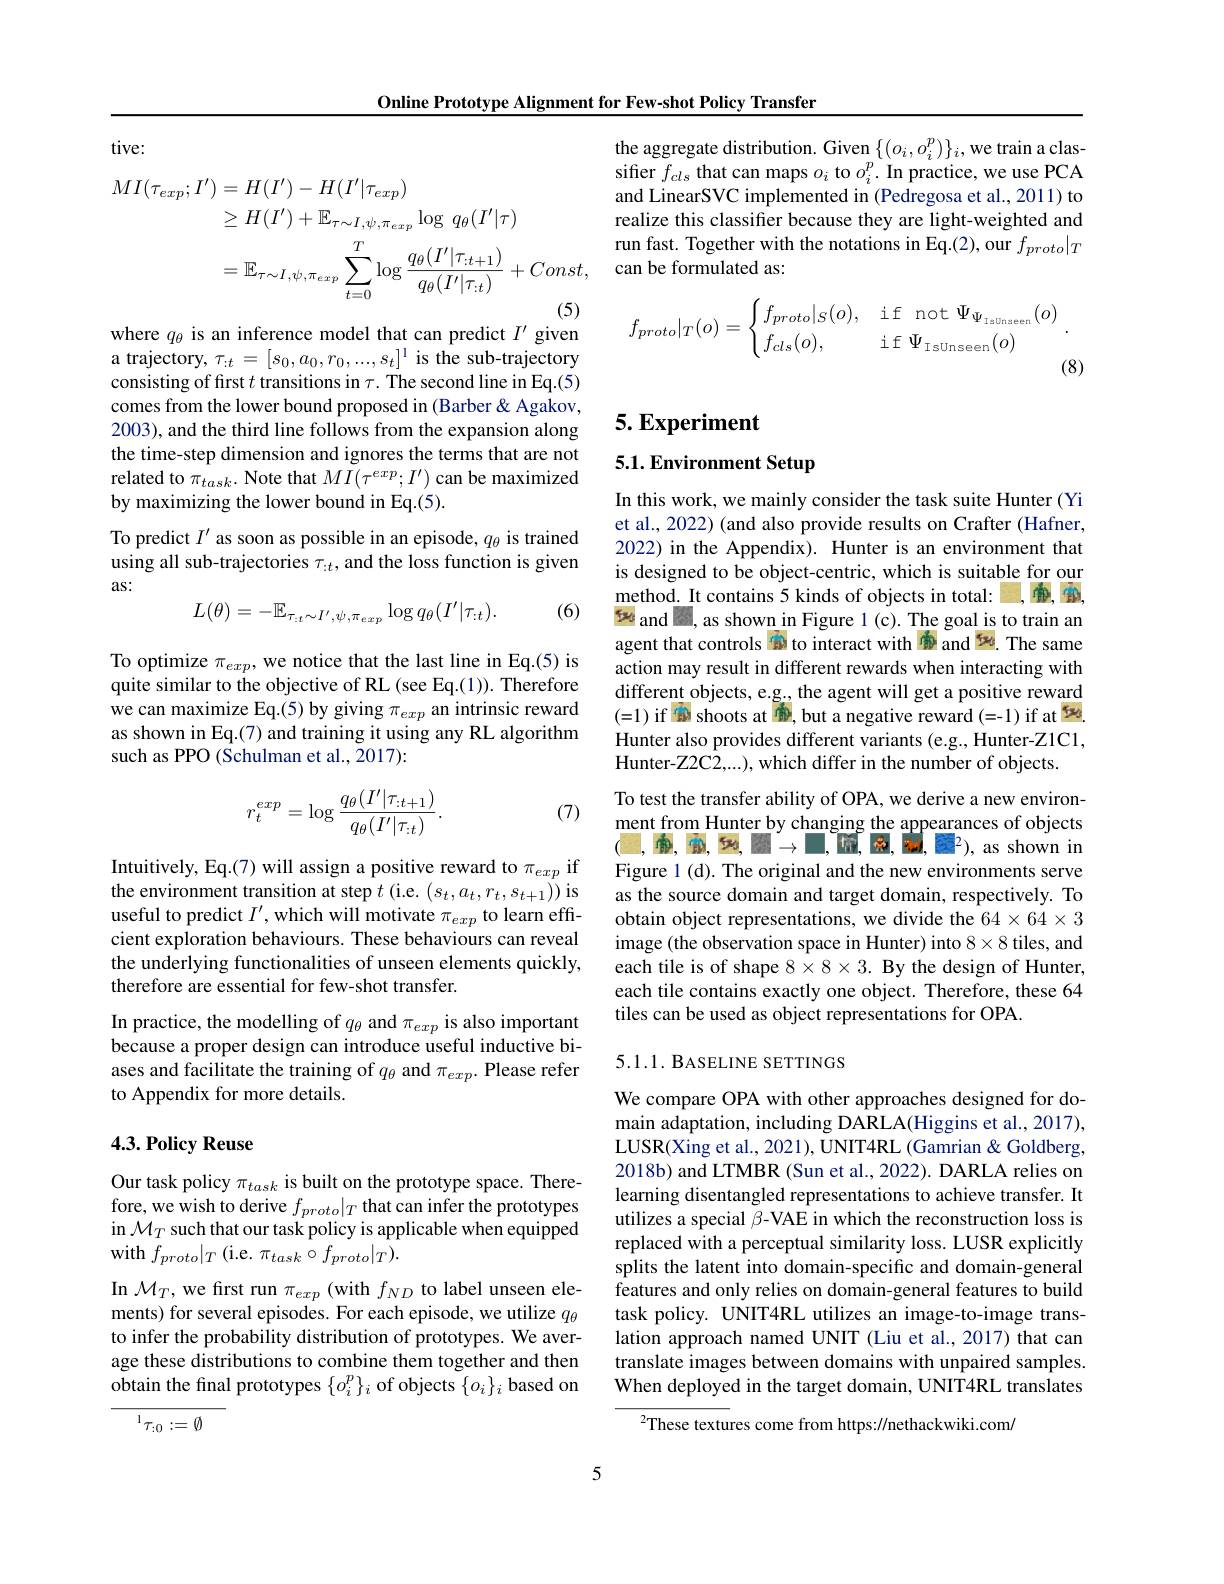
Online Prototype Alignment for Few-shot Policy Transfer

tive:
$$\begin{aligned}MI(\tau_{exp};I^{\prime})&=H(I^{\prime})-H(I^{\prime}|\tau_{exp})\\&\geq H(I^{\prime})+\mathbb{E}_{\tau\sim I,\psi,\pi_{exp}}\log\:q_{\theta}(I^{\prime}|\tau)\\&=\mathbb{E}_{\tau\sim I,\psi,\pi_{exp}}\sum_{t=0}^{T}\log\frac{q_{\theta}(I^{\prime}|\tau_{:t+1})}{q_{\theta}(I^{\prime}|\tau_{:t})}+Const,\end{aligned}$$
where $q_\theta$ is an inference model that can predict $I^\prime$ given

a trajectory, $\tau_{:t}=[s_0,a_0,r_0,...,s_t]^1$ is the sub-trajectory consisting of first $t$ transitions in $\tau.$ The second line in Eq.(5) comes from the lower bound proposed in (Barber & Agakov, 2003), and the third line follows from the expansion along the time-step dimension and ignores the terms that are not related to $\pi_{task}.$ Note that $MI(\tau^exp;I^{\prime})$ can be maximized by maximizing the lower bound in Eq.(5).
To predict $I^\prime$ as soon as possible in an episode, $q_\theta$ is trained using all sub-trajectories $\tau_{:t}$, and the loss function is given

as:
$$L(\theta)=-\mathbb{E}_{\tau_{:t}\sim I',\psi,\pi_{exp}}\log q_{\theta}(I'|\tau_{:t}).$$
(6)

To optimize $\pi_exp$, we notice that the last line in Eq.(5) is quite similar to the objective of RL (see Eq.(1)). Therefore ${\text{we can maximize Eq.(5)by giving }\pi_{exp}}$ an intrinsic reward as shown in Eq.(7) and training it using any RL algorithm such as PPO (Schulman et al., 2017):
$$r_t^{exp}=\log\frac{q_\theta(I'|\tau_{:t+1})}{q_\theta(I'|\tau_{:t})}.$$
(7)

Intuitively, Eq.(7) will assign a positive reward to $\pi_exp$ if the environment transition at step $t$ (i.e. $(s_t,a_t,r_t,s_{t+1}))$ is useful to predict $I^\prime$, which will motivate $\pi_{exp}$ to learn effcient exploration behaviours. These behaviours can reveal the underlying functionalities of unseen elements quickly, therefore are essential for few-shot transfer.

In practice, the modelling of $q_{\theta}$ and $\pi_{exp}$ is also important because a proper design can introduce useful inductive biases and facilitate the training of $q_\theta$ and $\pi_exp.$ Please refer to Appendix for more details.

## 4.3. Policy Reuse

Our task policy $\pi_{task}$ is built on the prototype space. Therefore, we wish to derive $f_proto|_T$ that can infer the prototypes in $\mathcal{M}_T$ such that our task policy is applicable when equipped with $f_{proto}|_T$ (i.e. $\pi_task\circ f_{proto}|_T).$

In $\mathcal{M}_T$,we first run $\pi_exp$ (with $f_ND$ to label unseen elements) for several episodes. For each episode, we utilize $q_\theta$ to infer the probability distribution of prototypes. We average these distributions to combine them together and then obtain the final prototypes $\{o_i^p\}_i$ of objects $\{o_i\}_i$ based on

$^{1}\tau_{:0}:=\emptyset$

the aggregate distribution. Given $\{(o_{i},o_{i}^{p})\}_{i}$,we train a classifier $f_{cls}$ that can maps $o_i$ to $o_i^p.$ In practice, we use PCA and LinearSVC implemented in (Pedregosa et al., 2011) to realize this classifier because they are light-weighted and run fast. Together with the notations in Eq.(2), our $f_proto|_{T}$ can be formulated as:
$$f_{proto}|_T(o)=\begin{cases}f_{proto}|_S(o),&\text{if not}\Psi_{\Psi_\text{IsUnseen}}(o)\\f_{cls}(o),&\text{if}\Psi_\text{IsUnseen}(o)\end{cases}.$$
(8)

# 5. Experiment

5.1. Environment Setup

is designed to be object-centric, which is suitable for our method. It contains 5 kinds of objects in total: $5\%$ and , as shown in Figure 1 (c). The goal is to train an

In this work, we mainly consider the task suite Hunter (Yi et al., 2022) (and also provide results on Crafter (Hafner, 2022) in the Appendix). Hunter is an environment that agent that controls to interact with $D$ and The same action may result in different rewards when interacting with different objects, e.g., the agent will get a positive reward (=1) if 0 shoots at 0, but a negative reward(=-1)if at 0. Hunter also provides different variants (e.g., Hunter-Z1C1, Hunter-Z2C2,...), which differ in the number of objects.
To test the transfer ability of OPA, we derive a new environment from Hunter by changing the appearances of objects $(1,0,0,0,0,0,0)\to0,0$na, Reril, as shown in Figure 1 (d). The original and the new environments serve as the source domain and target domain, respectively.To obtain object representations, we divide the $64\times64\times3$ image (the observation space in Hunter) into 8\times8 tiles, and each tile is of shape $8\times 8\times 3. \textbf{By the design of Hunter, }$ each tile contains exactly one object. Therefore, these 64 tiles can be used as object representations for OPA.

## 5.1.1. BASELINE SETTINGS

We compare OPA with other approaches designed for domain adaptation, including DARLA(Higgins et al., 2017), LUSR(Xing et al., 2021), UNIT4RL (Gamrian& Goldberg, 2018b) and LTMBR (Sun et al., 2022). DARLA relies on learning disentangled representations to achieve transfer. It utilizes a special β-VAE in which the reconstruction loss is replaced with a perceptual similarity loss. LUSR explicitly splits the latent into domain-specific and domain-general features and only relies on domain-general features to build task policy. UNIT4RL utilizes an image-to-image translation approach named UNIT (Liu et al., 2017) that can translate images between domains with unpaired samples. When deployed in the target domain, UNIT4RL translates

$^2$These textures come from https://nethackwiki.com/

5